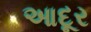
આદૂર